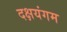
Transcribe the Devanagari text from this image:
दक्षयंगम